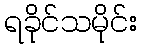
ရခိုင်သမိုင်း